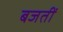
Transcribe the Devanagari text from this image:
बजतीं